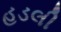
હડલી